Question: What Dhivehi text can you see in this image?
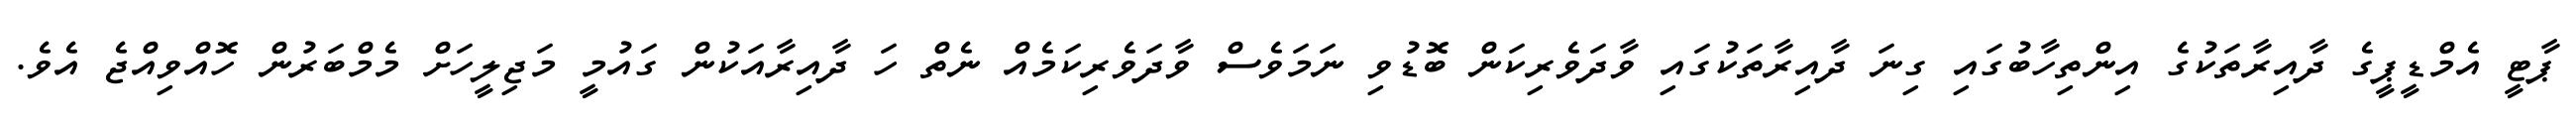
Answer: ޕާޓީ އެމްޑީޕީގެ ދާއިރާތަކުގެ އިންތިހާބުގައި ގިނަ ދާއިރާތަކުގައި ވާދަވެރިކަން ބޮޑުވި ނަމަވެސް ވާދަވެރިކަމެއް ނެތް ހަ ދާއިރާއަކުން ގައުމީ މަޖިލީހަށް މެމްބަރުން ހޮއްވިއްޖެ އެވެ.